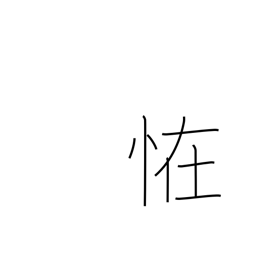
Meaning: mystery